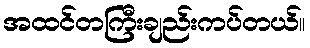
အထင်တကြီးချည်းကပ်တယ်။